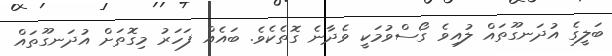
ބަލީގެ އުދަނގޫތައް ލުއިވެ ގޯސްވުމަކީ ވެދާނެ ގޮތެކެވެ. ބައެއް ފަހަރު މިގޮތަށް އުދަނގޫތައް